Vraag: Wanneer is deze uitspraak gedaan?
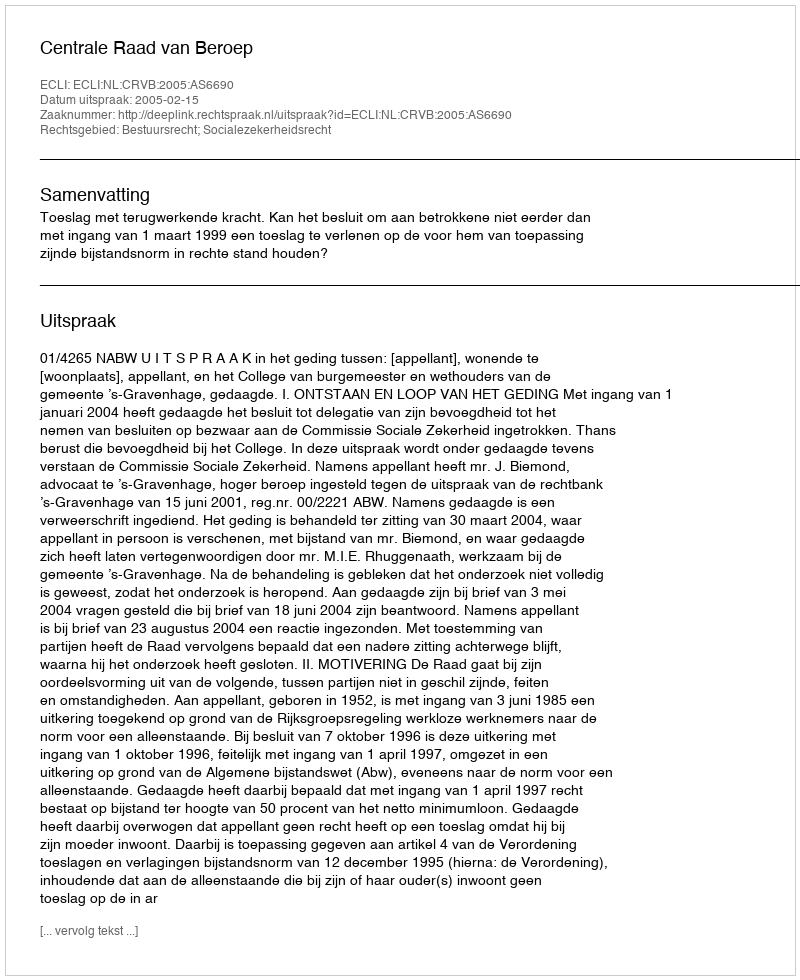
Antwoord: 2005-02-15